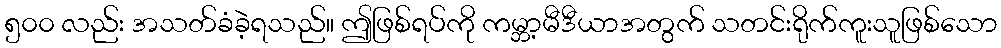
၅၀၀ လည်း အသတ်ခံခဲ့ရသည်။ ဤဖြစ်ရပ်ကို ကမ္ဘာ့မီဒီယာအတွက် သတင်းရိုက်ကူးသူဖြစ်သော